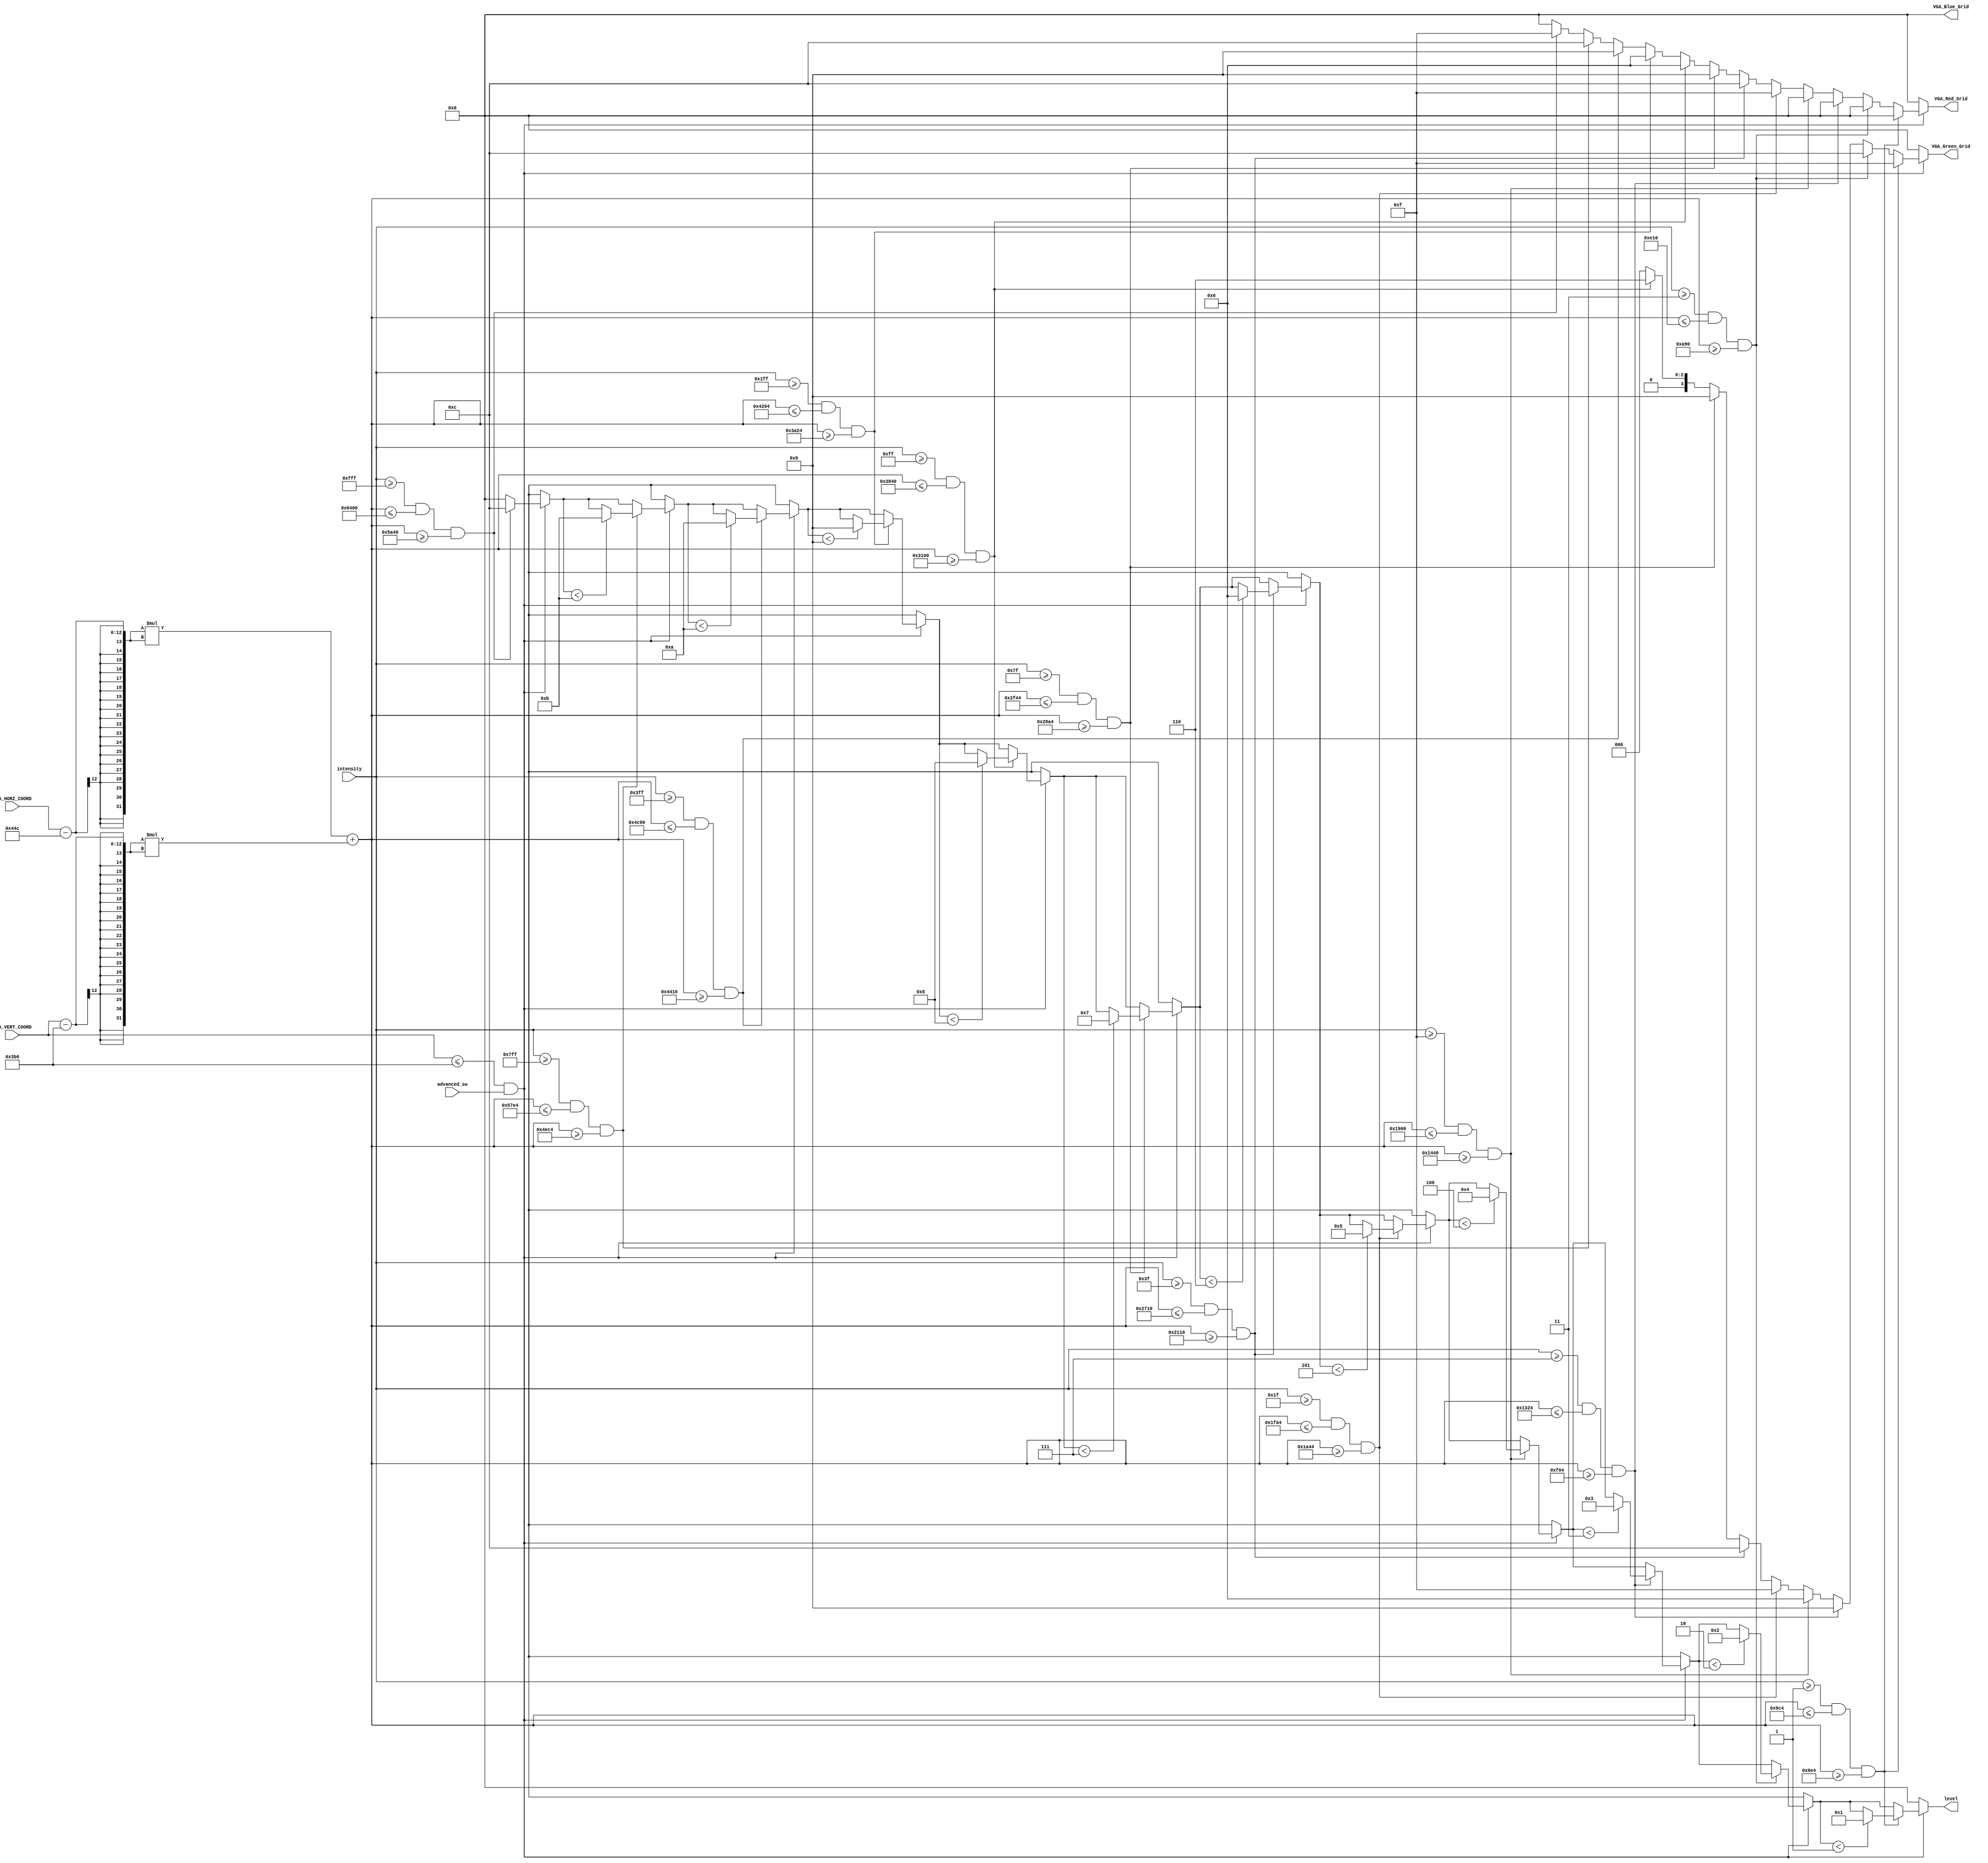
`timescale 1ns / 1ps
//////////////////////////////////////////////////////////////////////////////////
// Company: 
// Engineer: 
// 
// Design Name: 
// Module Name: volume_visual
// Project Name: 
// Target Devices: 
// Tool Versions: 
// Description: 
// 
// Dependencies: 
// 
// Revision:
// Revision 0.01 - File Created
// Additional Comments:
// 
//////////////////////////////////////////////////////////////////////////////////


module volume_visual(
    input [11:0] VGA_VERT_COORD,
    input [11:0] VGA_HORZ_COORD,
    input advanced_sw,
    input [11:0] intensity,
    output reg [3:0] VGA_Red_Grid,
    output reg [3:0] VGA_Green_Grid,
    output reg [3:0] VGA_Blue_Grid,
    output reg [3:0] level
    );
    
    //max volume indicator + accompanying text coordinates   
    parameter maxvol_x = 1100;
    parameter maxvol_y = 950;
     
    //Maximum volume indicator centre - this is for circle to be moved over to draw background
    parameter radius = 40;
    reg [20:0] dist;
    
    always@(*) begin
        dist = (VGA_HORZ_COORD - maxvol_x)*(VGA_HORZ_COORD - maxvol_x) + (VGA_VERT_COORD - maxvol_y)*(VGA_VERT_COORD - maxvol_y);
        VGA_Red_Grid = 4'h0;
        VGA_Green_Grid = 4'h0;
        VGA_Blue_Grid = 4'h0;
        level = 4'h0;
        
        if (VGA_VERT_COORD <= maxvol_y && advanced_sw == 1) begin
            //lvl 12, red
            if (intensity >= 12'b1111_1111_1111 && dist <= ((radius + 120)*(radius + 120)) && dist >= ((radius + 112)*(radius + 112))) begin
                        VGA_Red_Grid = 4'hF;
                        VGA_Green_Grid = 4'h0;
                        VGA_Blue_Grid = 4'h0;
                        level = (level < 4'hC)? 4'hC : level; //percent = " 100 %";
                        end
            
            //lvl 11, red
            if (intensity >= 12'b0111_1111_1111 && dist <= ((radius + 110)*(radius + 110)) && dist >= ((radius + 102)*(radius + 102))) begin
                        VGA_Red_Grid = 4'hC;
                        VGA_Green_Grid = 4'h0;
                        VGA_Blue_Grid = 4'h0;
                        level = (level < 4'hB)? 4'hB : level; //percent = " 092 %";
                        end
            
            //lvl 10, red
            if (intensity >= 12'b0011_1111_1111 && dist <= ((radius + 100)*(radius + 100)) && dist >= ((radius + 92)*(radius + 92))) begin
                        VGA_Red_Grid = 4'h9;
                        VGA_Green_Grid = 4'h0;
                        VGA_Blue_Grid = 4'h0;
                        level = (level < 4'hA)? 4'hA : level; //percent = " 083 %";
                        end
            
            //lvl 9, red
            if (intensity >= 12'b0001_1111_1111 && dist <= ((radius + 90)*(radius + 90)) && dist >= ((radius + 82)*(radius + 82))) begin
                        VGA_Red_Grid = 4'h6;
                        VGA_Green_Grid = 4'h0;
                        VGA_Blue_Grid = 4'h0;
                        level = (level < 4'h9)? 4'h9 : level; //percent = " 075 %";
                        end
            
            //lvl 8, yellow
            if (intensity >= 12'b0000_1111_1111 && dist <= ((radius + 80)*(radius + 80)) && dist >= ((radius + 72)*(radius + 72))) begin
                        VGA_Red_Grid = 4'h6;
                        VGA_Green_Grid = 4'h6;
                        VGA_Blue_Grid = 4'h0;
                        level = (level < 4'h8)? 4'h8 : level; //percent = " 067 %";
                        end
            
            //lvl 7, yellow
            if (intensity >= 12'b0000_0111_1111 && dist <= ((radius + 70)*(radius + 70)) && dist >= ((radius + 62)*(radius + 62))) begin
                        VGA_Red_Grid = 4'h9;
                        VGA_Green_Grid = 4'h9;
                        VGA_Blue_Grid = 4'h0;
                        level = (level < 4'h7)? 4'h7 : level; //percent = " 058 %";
                        end
            
            //lvl 6, yellow
            if (intensity >= 12'b0000_0011_1111 && dist <= ((radius + 60)*(radius + 60)) && dist >= ((radius + 52)*(radius + 52))) begin
                        VGA_Red_Grid = 4'hC;
                        VGA_Green_Grid = 4'hC;
                        VGA_Blue_Grid = 4'h0;
                        level = (level < 4'h6)? 4'h6 : level; //percent = " 050 %";
                        end
                           
            //lvl 5, yellow
            if (intensity >= 12'b0000_0001_1111 && dist <= ((radius + 50)*(radius + 50)) && dist >= ((radius + 42)*(radius + 42))) begin
                        VGA_Red_Grid = 4'hF;
                        VGA_Green_Grid = 4'hF;
                        VGA_Blue_Grid = 4'h0;
                        level = (level < 4'h5)? 4'h5 : level; //percent = " 042 %";
                        end   
            
            //lvl 4, green
            if (intensity >= 12'b0000_0000_1111 && dist <= ((radius + 40)*(radius + 40)) && dist >= ((radius + 32)*(radius + 32))) begin
                        VGA_Red_Grid = 4'h0;
                        VGA_Green_Grid = 4'h6;
                        VGA_Blue_Grid = 4'h0;
                        level = (level < 4'h4)? 4'h4 : level; //percent = " 033 %";
                        end   
            
            //lvl 3, green
            if (intensity >= 12'b0000_0000_0111 && dist <= ((radius + 30)*(radius + 30)) && dist >= ((radius + 22)*(radius + 22))) begin
                        VGA_Red_Grid = 4'h0;
                        VGA_Green_Grid = 4'h9;
                        VGA_Blue_Grid = 4'h0;
                        level = (level < 4'h3)? 4'h3 : level; //percent = " 025 %";
                        end   
            
            //lvl 2, green
            if (intensity >= 12'b0000_0000_0011 && dist <= ((radius + 20)*(radius + 20)) && dist >= ((radius + 12)*(radius + 12))) begin
                        VGA_Red_Grid = 4'h0;
                        VGA_Green_Grid = 4'hC;
                        VGA_Blue_Grid = 4'h0;
                        level = (level < 4'h2)? 4'h2 : level; //percent = " 017 %";
                        end   
            
            //lvl 1, green
            if (intensity >= 12'b0000_0000_0001 && dist <= ((radius + 10)*(radius + 10)) && dist >= ((radius + 2)*(radius + 2))) begin
                        VGA_Red_Grid = 4'h0;
                        VGA_Green_Grid = 4'hF;
                        VGA_Blue_Grid = 4'h0;
                        level = (level < 4'h1)? 4'h1 : level; //percent = " 008 %";
                        end
        end
    end
      
endmodule